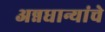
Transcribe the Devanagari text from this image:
अन्नधान्यांचे